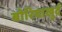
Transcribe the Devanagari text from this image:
बोरियाखुर्द